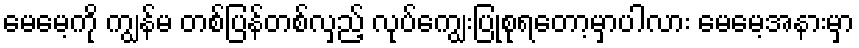
မေမေ့ကို ကျွန်မ တစ်ပြန်တစ်လှည့် လုပ်ကျွေးပြုစုရတော့မှာပါလား မေမေ့အနားမှာ